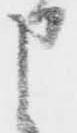
申